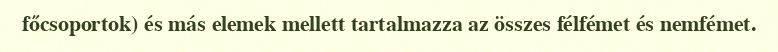
főcsoportok) és más elemek mellett tartalmazza az összes félfémet és nemfémet.